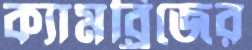
ক্যামব্র্রিজের